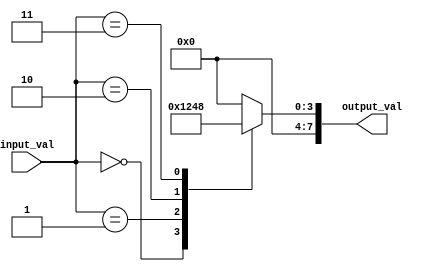
module generate_case (
    input [3:0] input_val,
    output reg [7:0] output_val
);

always @* begin
    case(input_val)
        4'b0000: output_val = 8'b00000001;
        4'b0001: output_val = 8'b00000010;
        4'b0010: output_val = 8'b00000100;
        4'b0011: output_val = 8'b00001000;
        default: output_val = 8'b00000000;
    endcase
end

endmodule